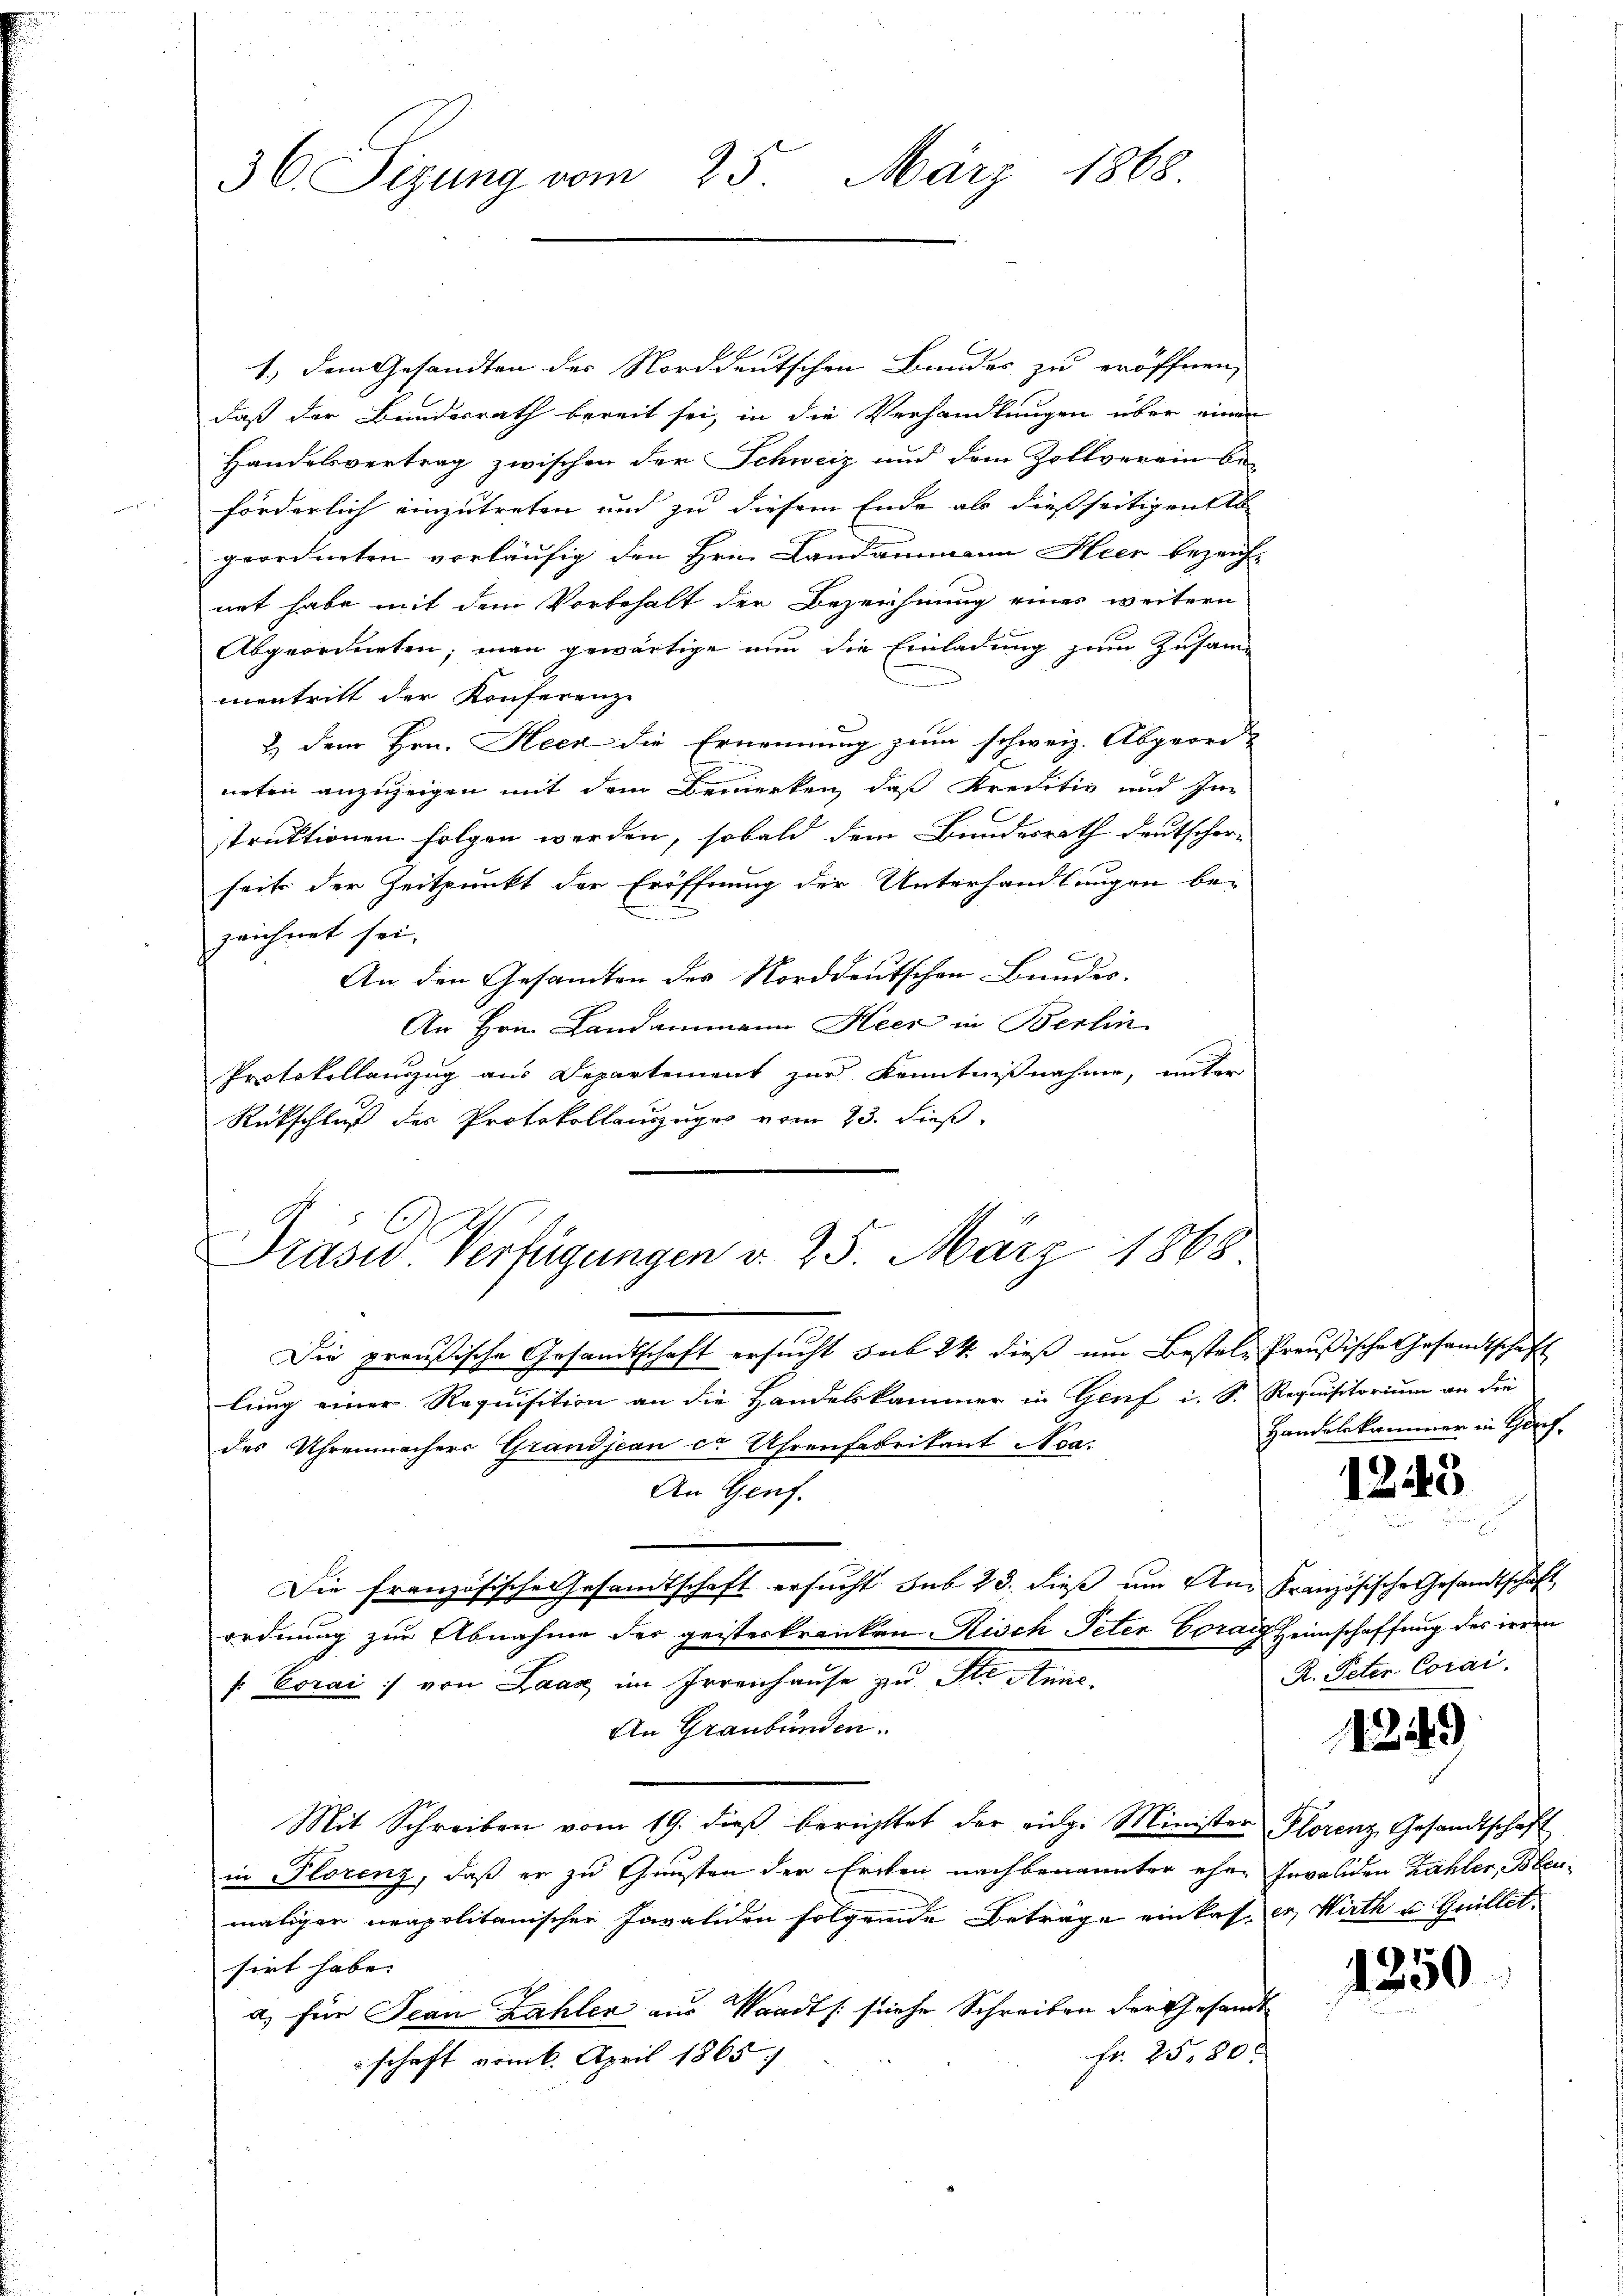
36 Sizung vom 25. März 1868

E
1.) Dem Gesandten der Norddeutschen Bundes zu eröffnen,
daß der Bundesrath bereit sei, in die Verhandlungen über einen
Handesvertrag zwischen der Schweiz und dem Zollverein be-
förderlich einzutreten und zu diesem Ende als dießseitigen Ab
geordneten vorläufig den Hrn. Landammann Heer bezeichnet habe mit dem Vorbehalt der Bezeichnung eines weitern
Abgeordneten; man gewärtige nun die Einladung zum Zusam-
mentritt der Konferenze
2.) Dem Hrn. Heck die Ernennung zum schweiz. Abgeord-
neten anzuzeigen mit dem Bemerken, daß Kreditiv und Im
struktionen folgen werden, sobald dem Bundesrath deutscher-
seit der Zeitpunkt der Eröffnung der Unterhandlungen be-
zeichnet sei,
An den Gesandten des Norddeutschen Bundes.
An Hrn. Landammann Heer in Berlin
Protokollanzug aus Departement zur Kenntnißnahme, unter
Rückschluß des Protokollauszuges vom 23. dieß,
Präses Verfügungen d. 25. März 1868.
Die preußische Gesandtschaft ersucht sub 24. dieß um Bestele Preußische Gesandtschaft
lung einer Requisition an die Handelskammer in Genf i. S. Requisitorium an die
des Uhrenmachers Grandjean cr Uhrenfabrikant No.
An Genf.
Die französische Gesandtschaft ersucht sub 23. dieß um Un- Französische Gesandtschaft,
ordnung zur Abnahme der geisteskranken Risch Peter Coraig Heimschaffung des irren
/. Corai :/ von Laag im Irrenhause zu Stan
An Graubünden.
Mit Schreiben vom 19. dieβ berichtet der eidg. Minister Florenz, Gesandtschaft
in Plorenz, daß er zu Gunsten der Erben nachbenannter eher Invaliden Zahler, Bleumaliger neapolitanischer Javaliden folgende Beträge einkas er, Wirth u. Guillet.
sirt habe.
a) für Jean Zahlen aus Waadt /: siehe Schreiben der Gesandt
Fr. 25,80
schaft vom 6. April 1865.

Handelskammer in Harf.

1243

R. Peter Corai.

4249

1250